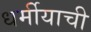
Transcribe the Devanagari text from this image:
धर्मीयाची